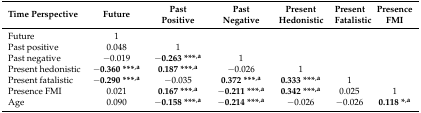
| Time Perspective | Future | Past Positive | Past Negative | Present Hedonistic | Present Fatalistic | Presence FMI |
 | --- | --- | --- | --- | --- | --- | --- |
 | Future | 1 |  |  |  |  |  |
 | Past positive | 0.048 | 1 |  |  |  |  |
 | Past negative | −0.019 | −0.263 ***,a | 1 |  |  |  |
 | Present hedonistic | −0.360 ***,a | 0.187 ***,a | −0.026 | 1 |  |  |
 | Present fatalistic | −0.290 ***,a | −0.035 | 0.372 ***,a | 0.333 ***,a | 1 |  |
 | Presence FMI | 0.021 | 0.167 ***,a | −0.211 ***,a | 0.342 ***,a | 0.025 | 1 |
 | Age | 0.090 | −0.158 ***,a | −0.214 ***,a | −0.026 | −0.026 | 0.118 *,a |